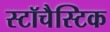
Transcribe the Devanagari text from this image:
स्टॉचैस्टिक